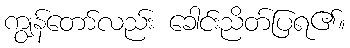
ကျွန်တော်လည်း ခေါင်းညိတ်ပြရ၏။